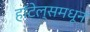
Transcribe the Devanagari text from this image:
हॉटेल्समधून